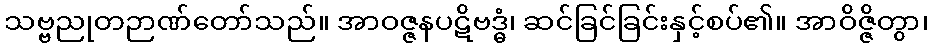
သဗ္ဗညုတဉာဏ်တော်သည်။ အာဝဇ္ဇနပဋိဗဒ္ဓံ၊ ဆင်ခြင်ခြင်းနှင့်စပ်၏။ အာဝိဇ္ဇိတွာ၊